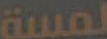
لمسة